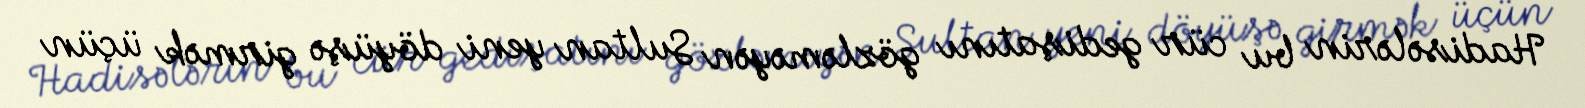
Hadisələrin bu cür gedişatını gözləməyən Sultan yeni döyüşə girmək üçün